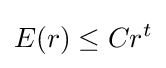
E(r)\leq Cr^{t}